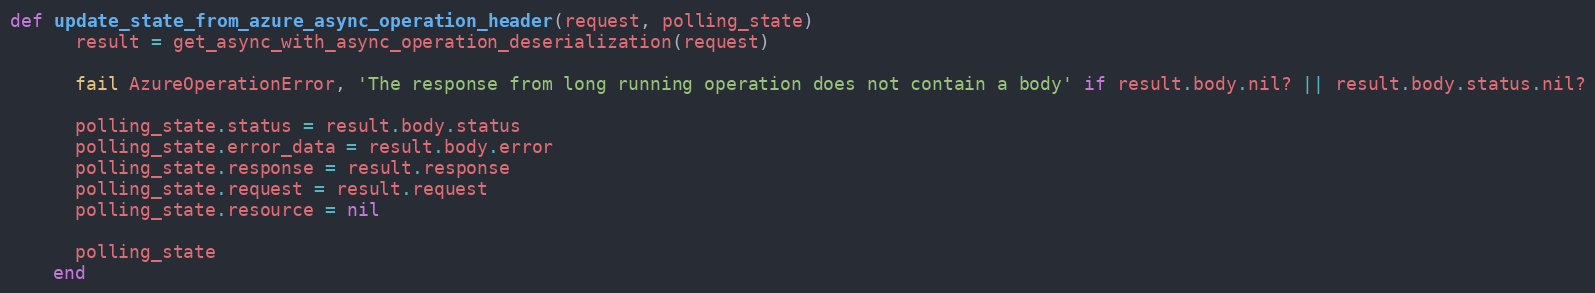
Language: Ruby
def update_state_from_azure_async_operation_header(request, polling_state)
      result = get_async_with_async_operation_deserialization(request)

      fail AzureOperationError, 'The response from long running operation does not contain a body' if result.body.nil? || result.body.status.nil?

      polling_state.status = result.body.status
      polling_state.error_data = result.body.error
      polling_state.response = result.response
      polling_state.request = result.request
      polling_state.resource = nil

      polling_state
    end